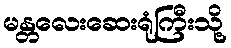
မန္တလေးဆေးရုံကြီးသို့